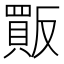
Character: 𧶶